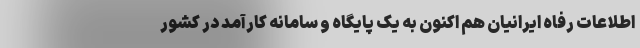
اطلاعات رفاه ایرانیان هم اکنون به یک پایگاه و سامانه کارآمد در کشور